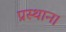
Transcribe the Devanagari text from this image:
प्रस्थान।